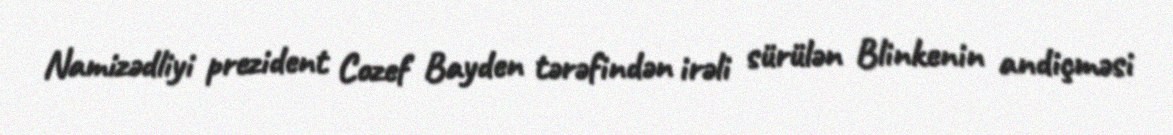
Namizədliyi prezident Cozef Bayden tərəfindən irəli sürülən Blinkenin andiçməsi